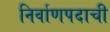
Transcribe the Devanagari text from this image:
निर्वाणपदाची